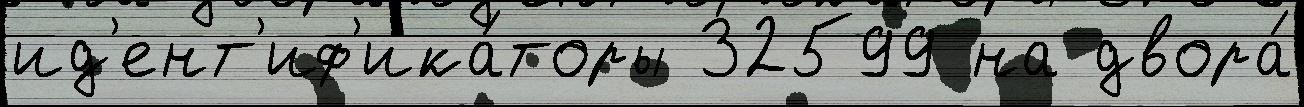
ид'ент'иф'ика́торы 32599 на двора́